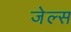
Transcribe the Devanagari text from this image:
जेल्स